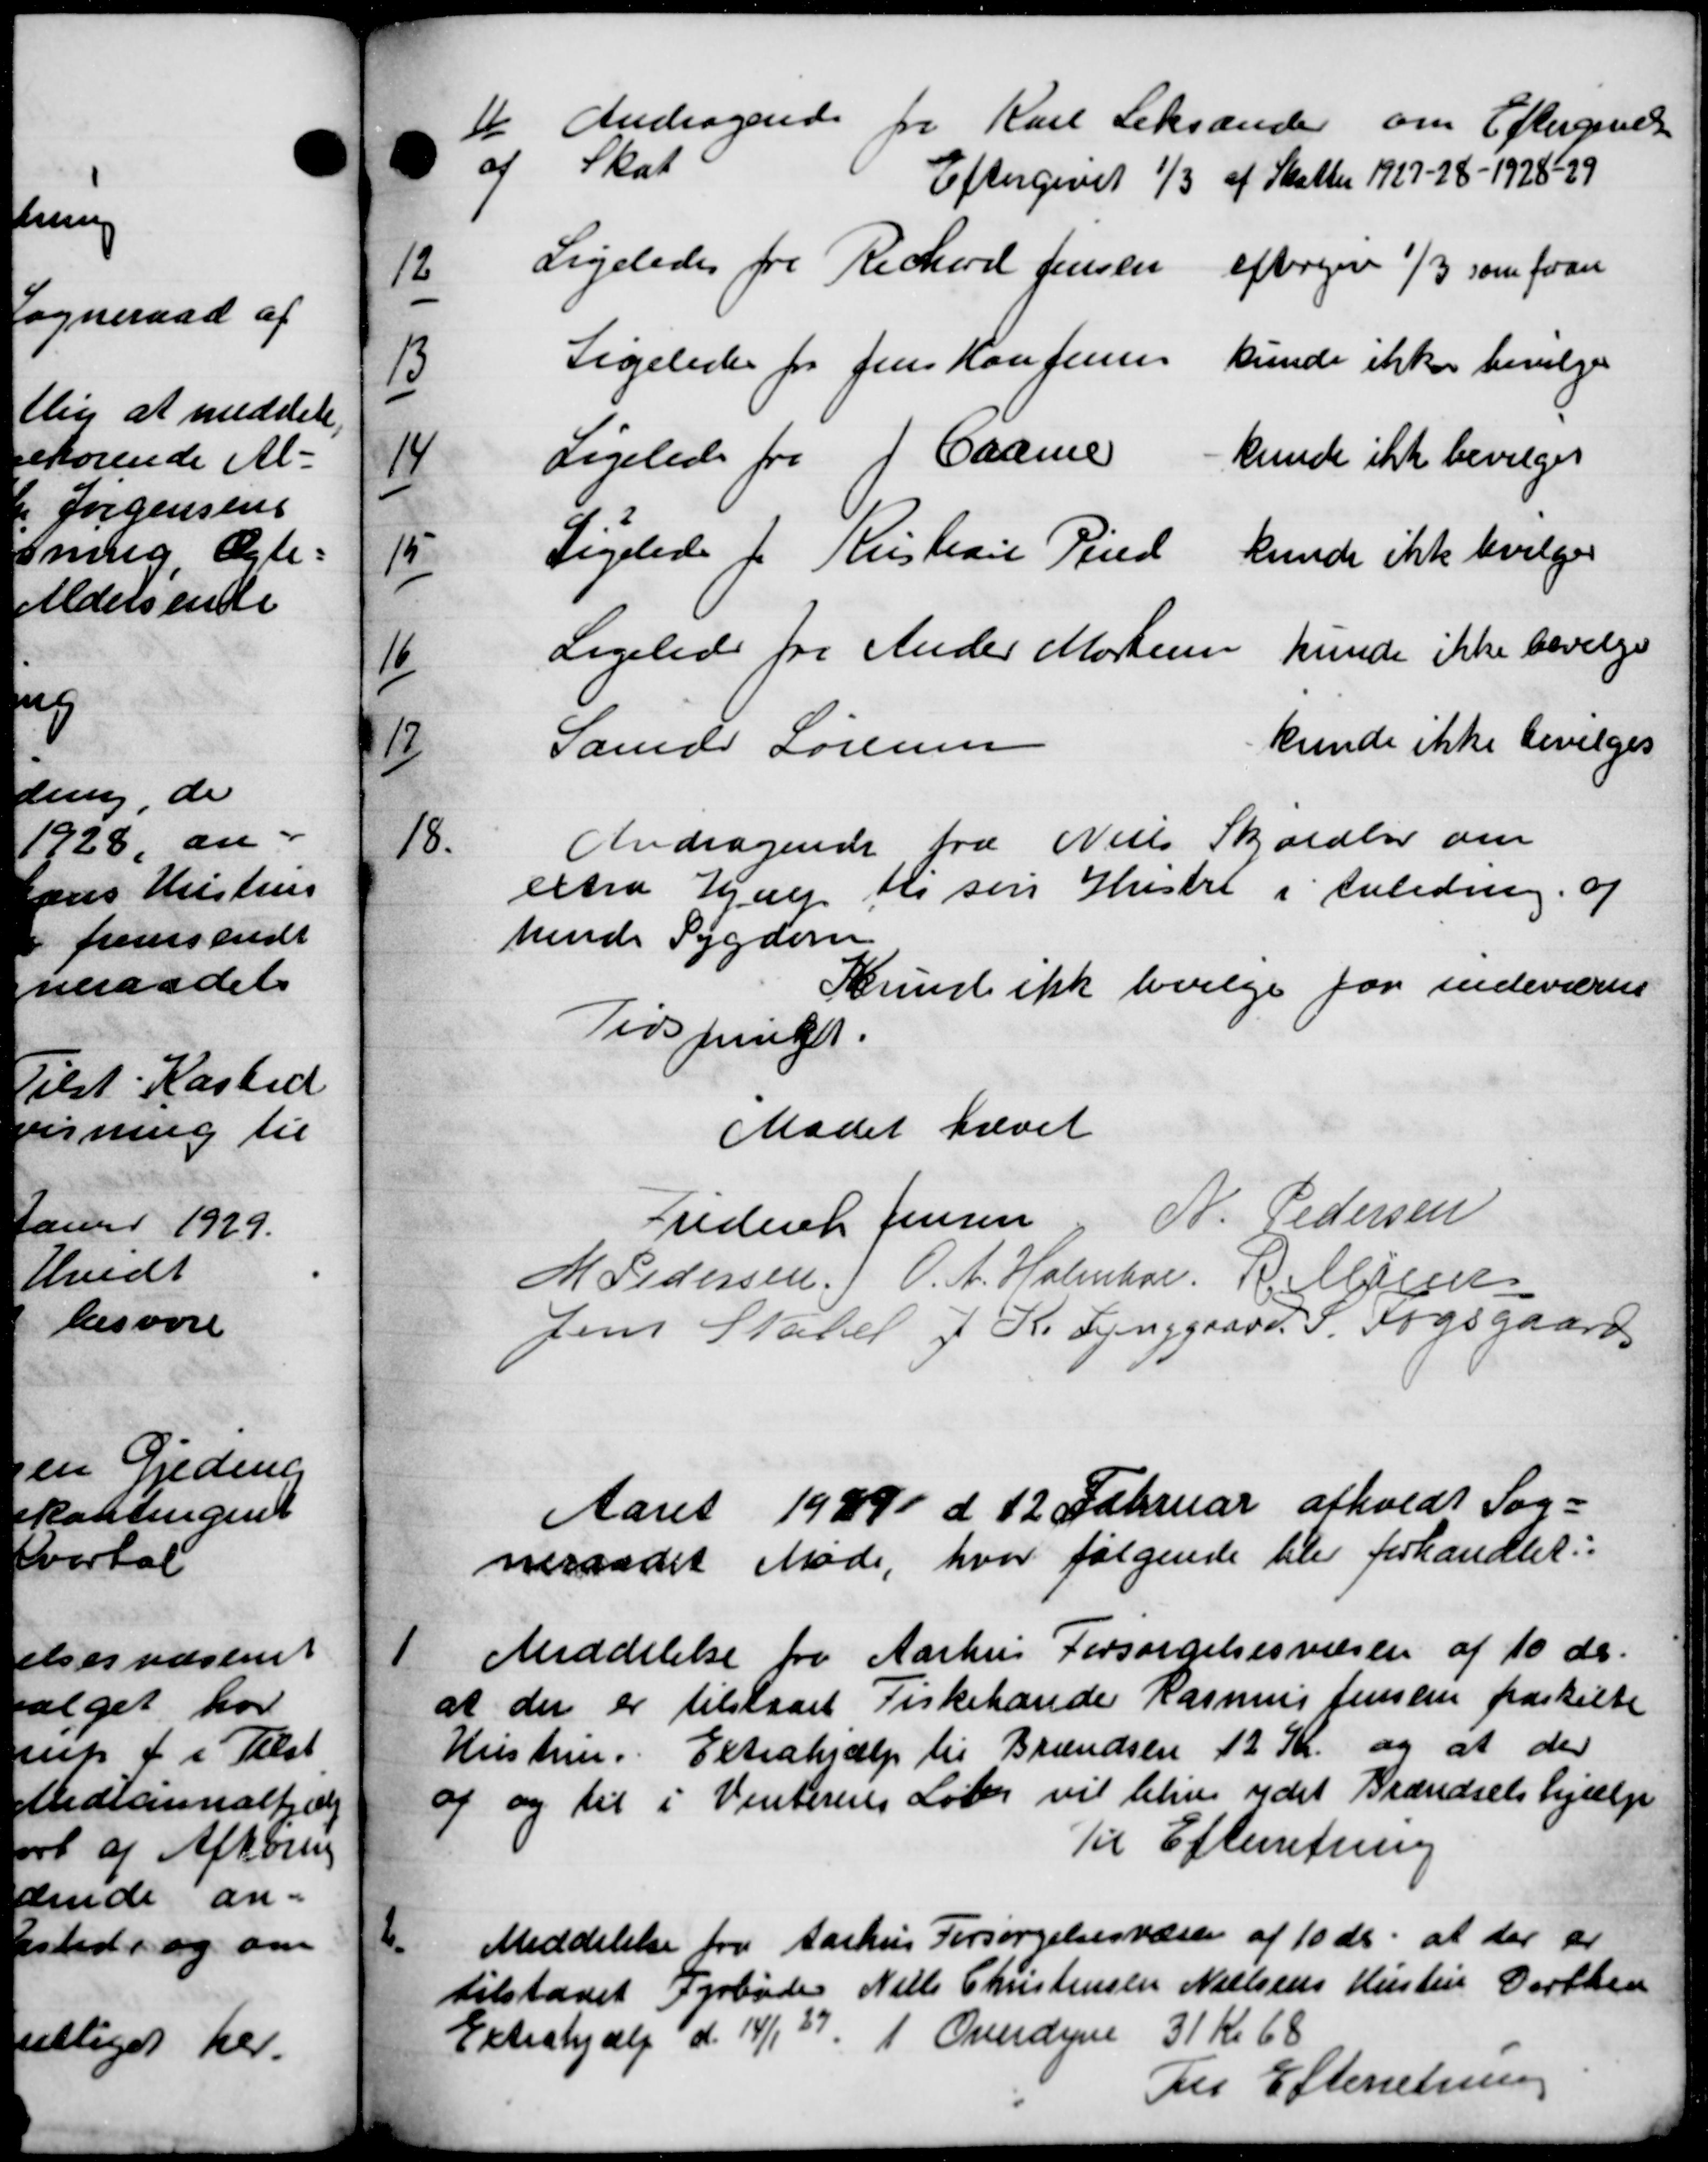
Transskription:
11
 Andragende fra Karl Leksander om Eftergivelse
af Skat
Eftergivet 1/3 af Skatter 1927-28 - 1928-29
12
Ligeledes fra Rechard Jensen eftergive 1/3 som faae
13
Ligeledes for Jens Han Jensen kunde ikke bevilges
14
Ligelede fra J Caare kunde ikke bevilges
15
Ligelede f. Kristian Pind kunde ikke bevilges
16
Ligelede for Ander Modersen kunde ikke bevilge
17
Samdr Sørensen kunde ikke bevilges
18
Andragende fra Niels Skoldlse om
extra Hjælp til sin Hustru i Anledning. af
hende Sygdom
Skrivel ikke bevilge for indeværens
Tidspunkt.
Mødet hævet
Frederik Jensen, N. Pedersen
M Pedersen) O. A. Holmbor, R. Milsen
Jens Stabel J. K. Lynggaard P. Fogsgaard
Aaret 1929 d 12 Februar afholdt Sog=
neraadet Møde, hvor følgende blev forhandlet:
1
Meddelelse fra Aarhus Forsørgelsesvæsen af 10 ds.
at der er tilstaaet Fiskehande Rasmus Jensen fraskille
Hustrue. Extrahjælp til Brændsen 12 Kr og at der
og og til i Vinterens Løb vil blive ydet Brændselshjælp
Til Efterretning
2
Meddelelse fra Aarhus Forsørgelsesvæsen af 10 ds. at der er
tilstaaet Fyrbøder Niels Christensen Nielsens Hustru Dorthen
Extrahjælp d. 14/1 37. 1 Overdyne 31 kr 68
Til Efterretning